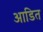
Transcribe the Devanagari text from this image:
आडित